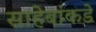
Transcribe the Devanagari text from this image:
साहेबांकडे